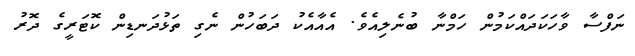
ނަފްސާ ވާހަކަދައްކަމުން ހަމްނާ ބުނެލިއެވެ. އެއާއެކު ދަބަހުން ނެގި ތަޅުދަނޑިން ކޮޓަރީގެ ދޮރު